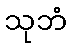
သုဘံ